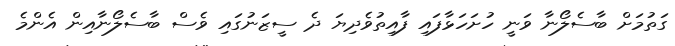
ގަތުމަށް ބާސެލޯނާ ވަނީ ހުށަހަޅާފައި ފާއިތުވެދިޔަ ދެ ސީޒަނުގައި ވެސް ބާސެލޯނާއިން އެންމެ